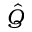
\hat { Q }